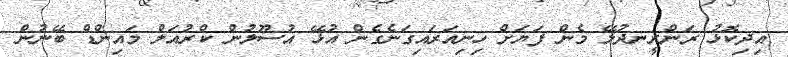
އިދިކޮޅު ރަންރީނދުލޭ މެން ފަޔަށް ހިނިއަރައިގަނެގެން އުޅޭ އުސޫލުން ކްރުއަލް މައިންޑް ބޭނުން